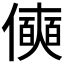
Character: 𰂾